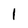
Character: 1